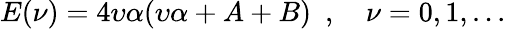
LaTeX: E(\nu)=4\upsilon\alpha(\upsilon\alpha+A+B)\ \ ,\quad\nu=0,1,...